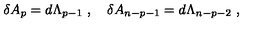
\delta A _ { p } = d \Lambda _ { p - 1 } \ , \quad \delta A _ { n - p - 1 } = d \Lambda _ { n - p - 2 } \ ,